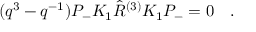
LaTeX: ( q ^ { 3 } - q ^ { - 1 } ) P _ { - } K _ { 1 } \hat { R } ^ { ( 3 ) } K _ { 1 } P _ { - } = 0 \quad .